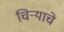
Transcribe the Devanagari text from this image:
चिर्‍याचे